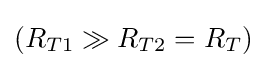
(R_{T1}\gg R_{T2}=R_{T})